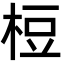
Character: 梪